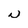
Character: N